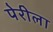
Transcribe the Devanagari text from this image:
पेरीला